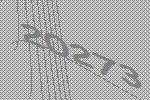
20273